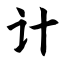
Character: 计